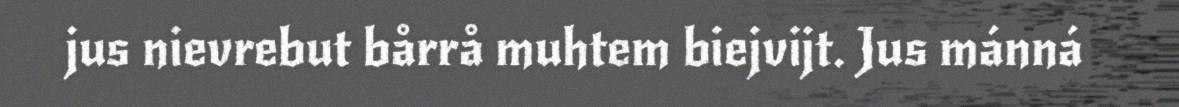
jus nievrebut bårrå muhtem biejvijt. Jus mánná